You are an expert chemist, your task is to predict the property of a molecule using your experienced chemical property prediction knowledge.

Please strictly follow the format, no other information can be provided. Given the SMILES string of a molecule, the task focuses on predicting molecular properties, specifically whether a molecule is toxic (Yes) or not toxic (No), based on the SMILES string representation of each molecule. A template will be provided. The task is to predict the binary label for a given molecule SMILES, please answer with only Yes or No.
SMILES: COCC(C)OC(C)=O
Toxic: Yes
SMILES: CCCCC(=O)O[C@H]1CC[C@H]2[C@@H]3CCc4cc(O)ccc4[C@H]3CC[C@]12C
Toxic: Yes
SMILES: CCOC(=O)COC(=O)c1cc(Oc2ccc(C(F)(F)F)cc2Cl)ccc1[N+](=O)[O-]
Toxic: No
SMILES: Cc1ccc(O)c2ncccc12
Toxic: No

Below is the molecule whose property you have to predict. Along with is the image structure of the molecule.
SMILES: CCC(=O)N(c1ccccc1)C1CCN(CCc2ccccc2)CC1
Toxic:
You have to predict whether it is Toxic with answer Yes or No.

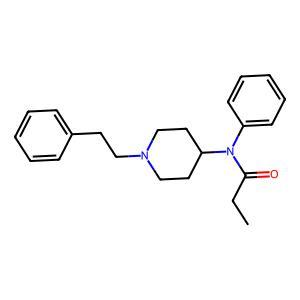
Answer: Yes